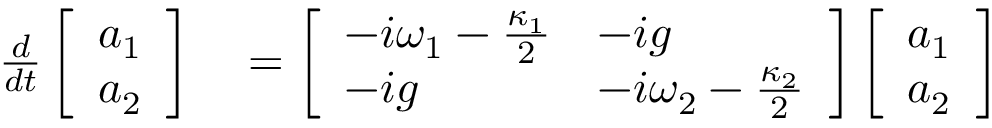
\begin{array} { r l } { \frac { d } { d t } \left[ \begin{array} { l } { a _ { 1 } } \\ { a _ { 2 } } \end{array} \right] } & { { } = \left[ \begin{array} { l l } { - i \omega _ { 1 } - \frac { \kappa _ { 1 } } { 2 } } & { - i g } \\ { - i g } & { - i \omega _ { 2 } - \frac { \kappa _ { 2 } } { 2 } } \end{array} \right] \left[ \begin{array} { l } { a _ { 1 } } \\ { a _ { 2 } } \end{array} \right] } \end{array}